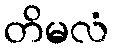
တိမလံ